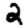
Digit: 2